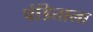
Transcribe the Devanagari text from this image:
पंडिताला